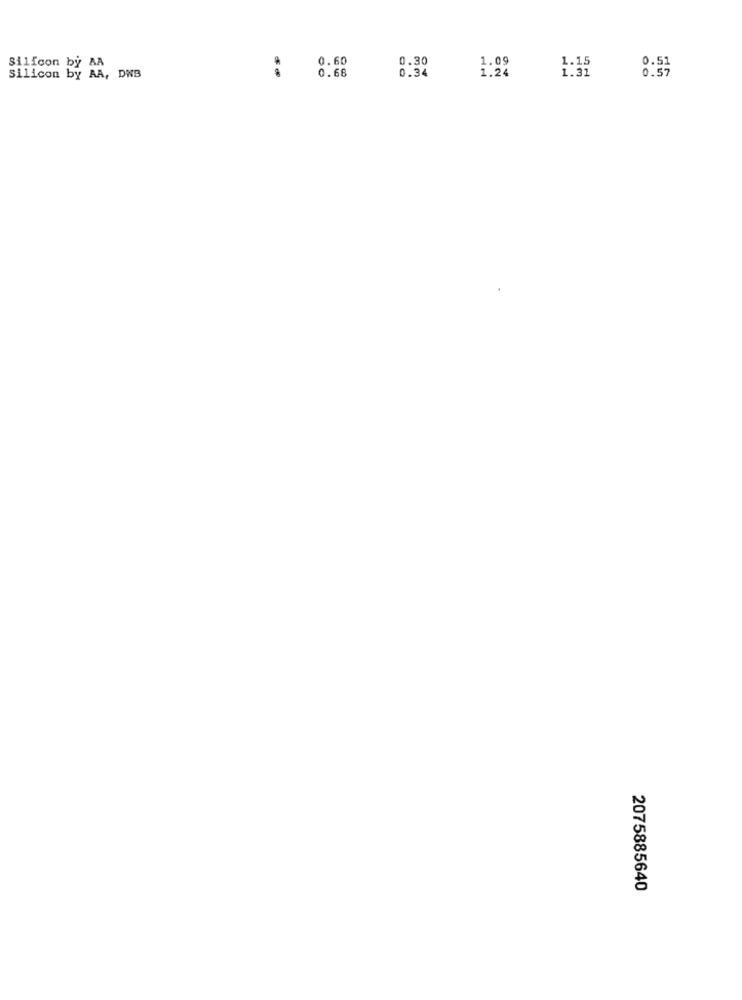
0.60
0.30
1.09
1.15
Silicon by AA
0.66
0.34
1.24
1.31
0.51
0.57
Silicon by AA, DNB
2075885640